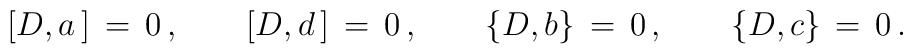
[D,a\,]\,=\,0\,, \qquad [D,d\,]\,=\,0\,, \qquad\{D,b\}\,=\,0\,, \qquad \{D,c\}\,=\,0\,.